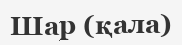
Шар (қала)